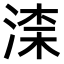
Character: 𣸑